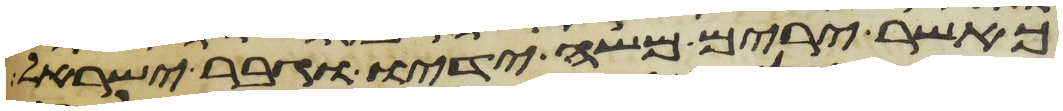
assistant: כאשר ירים משה ידיו וגבר ישראל